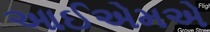
આઈએમએ